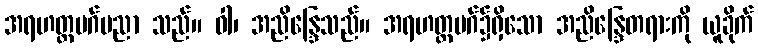
အရဟတ္တမဂ်ပညာ သည်။ ဝါ၊ အညိန္ဒြေသည်။ အရဟတ္တမဂ်၌ရှိသော အညိန္ဒြေတရားကို ယူခိုက်